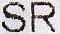
SR